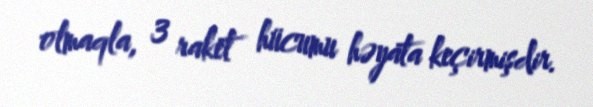
olmaqla, 3 raket hücumu həyata keçirmişdir.